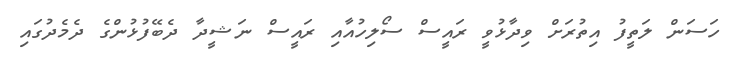
ހަސަން ލަތީފު އިތުރަށް ވިދާޅުވީ ރައީސް ސޯލިހުއާއި ރައީސް ނަޝީދާ ދެބޭފުޅުންގެ ދެމެދުގައި